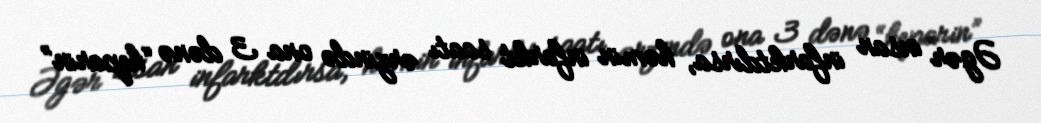
Əgər insan infarktdırsa, həmin infarkt saatı ərzində ona 3 dənə “heparin”